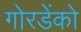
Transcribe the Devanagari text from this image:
गोरडेंको